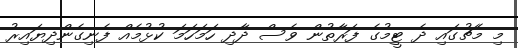
މި މެޗުގައި ދެ ޓީމުގެ ފަރާތުން ވެސް ދާދި ހަމަހަމަ ކުޅުމެއް ފެނިގެންދިޔައިރު